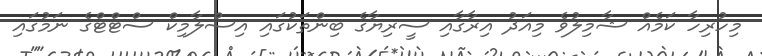
މިހުރިހާ ކަމެއް ޝާމިލުވެ މިއަދު އިރާގާއި ސީރިޔާގެ ބިންތަކުގައި އިސްލާމިކް ސްޓްޓްގެ ނަމުގައި